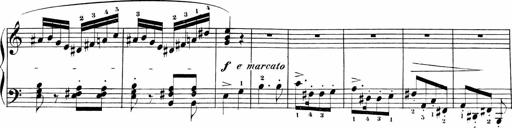
Title: Sonatinen Op.47, 98 und 136, nebst 6 Liedersonatinen
Composer: Carl Reinecke